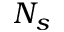
N _ { s }